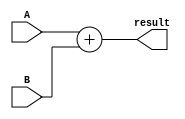
module Add(A, B, result);
input [31:0] A, B;
output [31:0] result;

assign  result = A + B;
endmodule